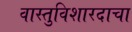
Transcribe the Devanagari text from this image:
वास्तुविशारदाचा